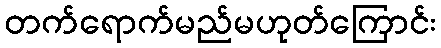
တက်ရောက်မည်မဟုတ်ကြောင်း